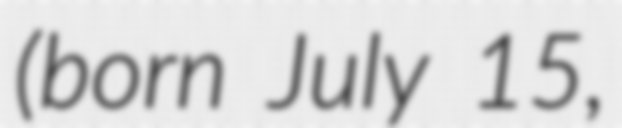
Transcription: (born July 15,